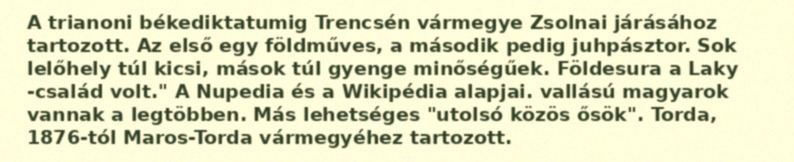
A trianoni békediktatumig Trencsén vármegye Zsolnai járásához tartozott. Az első egy földműves, a második pedig juhpásztor. Sok lelőhely túl kicsi, mások túl gyenge minőségűek. Földesura a Laky -család volt." A Nupedia és a Wikipédia alapjai. vallású magyarok vannak a legtöbben. Más lehetséges "utolsó közös ősök". Torda, 1876-tól Maros-Torda vármegyéhez tartozott.